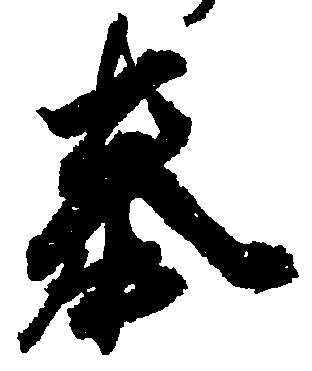
奉